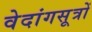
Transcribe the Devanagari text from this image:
वेदांगसूत्रों